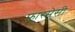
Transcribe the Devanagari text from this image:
फ़ारमेसी